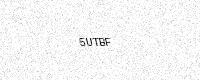
Text: 5UTBF